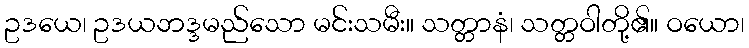
ဥဒယေ၊ ဥဒယဘဒ္ဒမည်သော မင်းသမီး။ သတ္တာနံ၊ သတ္တဝါတို့၏။ ဝယော၊